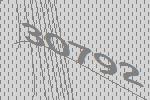
30792